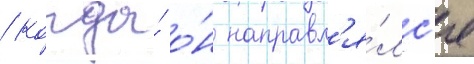
/ когда́ о́н направл'я́лс'я